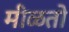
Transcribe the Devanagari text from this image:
मीळतो